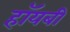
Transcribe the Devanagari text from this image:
हॉयबी